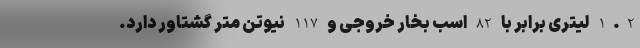
1.2 لیتری برابر با 82 اسب بخار خروجی و 117 نیوتن متر گشتاور دارد.